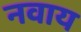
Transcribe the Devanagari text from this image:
नवाय